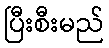
ပြီးစီးမည်